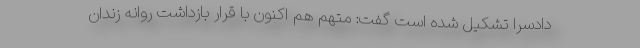
دادسرا تشکیل شده است گفت: متهم هم اکنون با قرار بازداشت روانه زندان